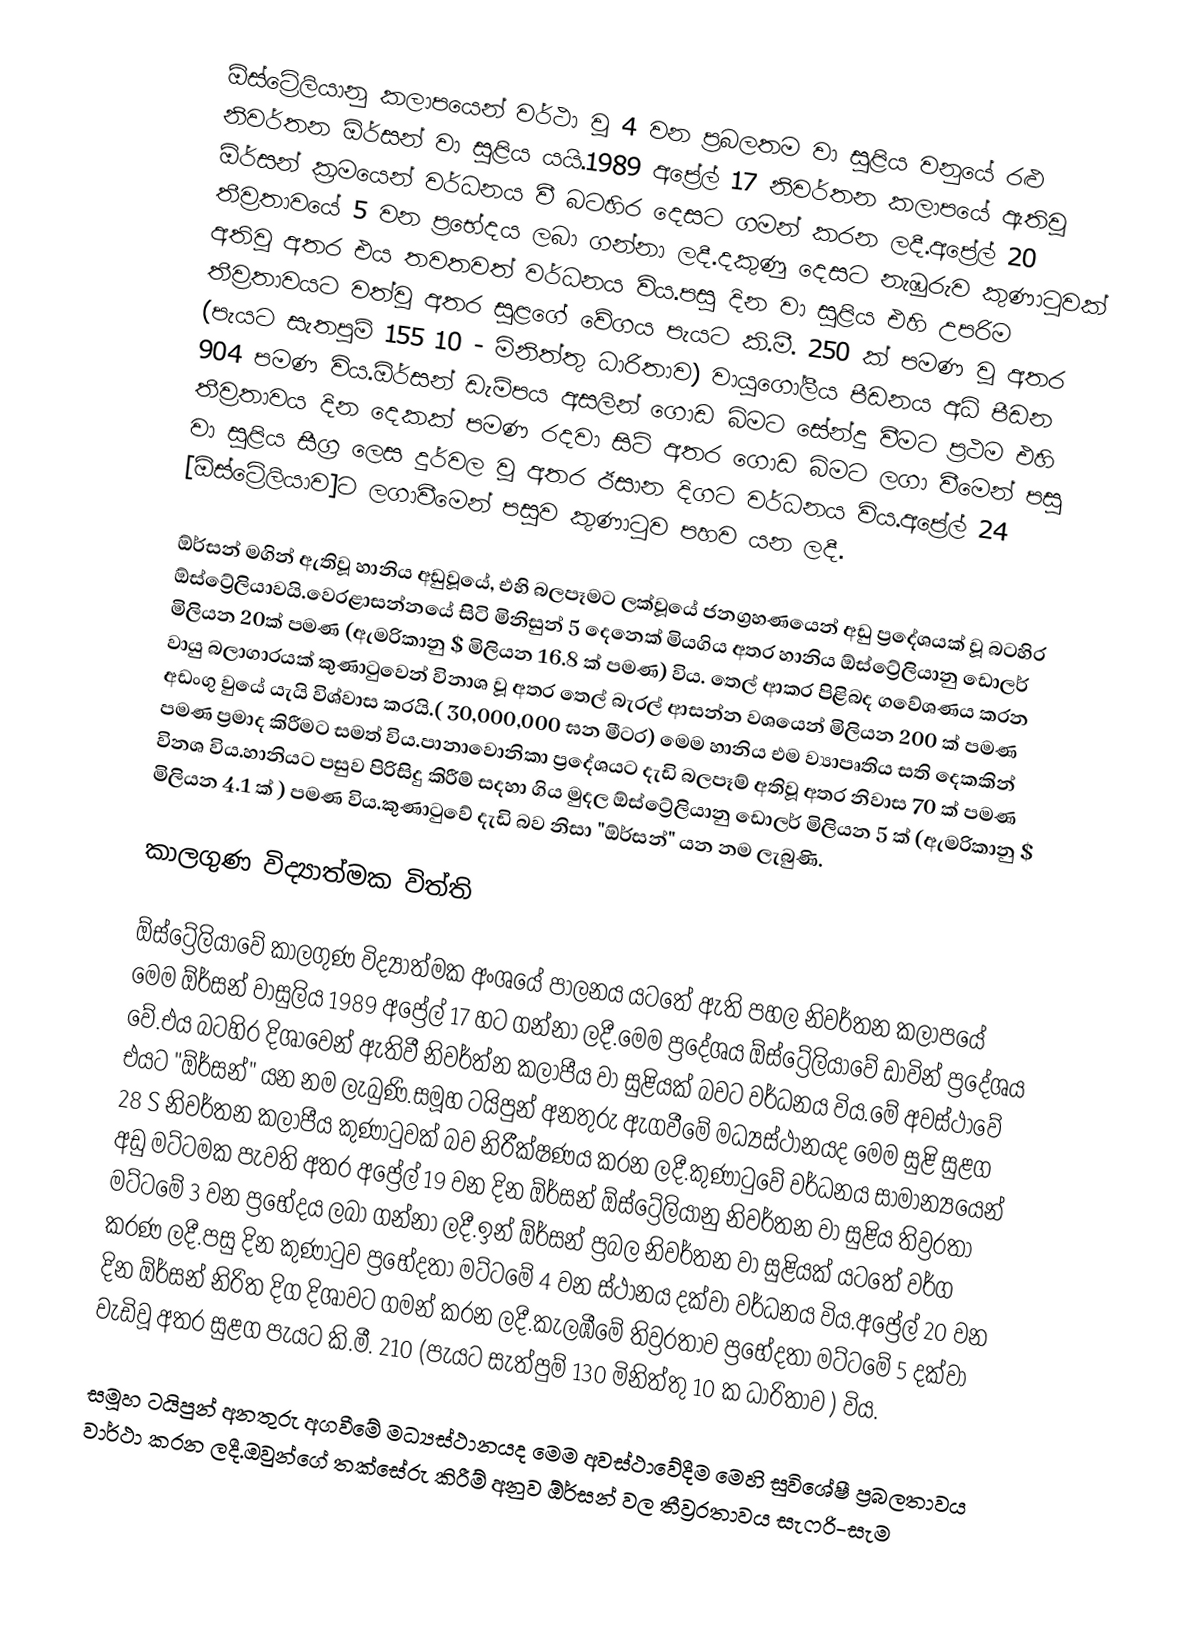
ඕස්ට්‍රේලියානු කලාපයෙන් වර්ථා වූ 4 වන ප්‍රබලතම වා සුළිය වනුයේ රළු නිවර්තන ඕර්සන් වා සුළිය යයි.1989 අප්‍රේල් 17 නිවර්තන කලාපයේ ඇතිවූ ඕර්සන් ක්‍රමයෙන් වර්ධනය වී බටහිර දෙසට ගමන් කරන ලදී.අප්‍රේල් 20 තීව්‍රතාවයේ 5 වන ප්‍රභේදය ලබා ගන්නා ලදී.දකුණු දෙසට  නැඹුරුව කුණා‍ටුවක් අතිවූ අතර එය තවතවත් වර්ධනය විය.පසු දින වා සුළිය එහි උපරිම තීව්‍රතාවයට වත්වූ අතර සුළගේ වේගය පැයට කි.මී. 250 ක් පමණ වූ අතර (පැයට සැතපුම් 155  10 - මිනිත්තු ධාරිතාව) වායුගෝලීය පීඩනය අධි පීඩන 904 පමණ විය.ඕර්සන් ඩැම්පය අසලින් ගොඩ බිමට සේන්දු වීමට ප්‍රථම එහි තීව්‍රතාවය දින දෙකක් පමණ රදවා සිටි අතර ගොඩ බිමට ලගා වීමෙන් පසු වා සුළිය සීග්‍ර ලෙස දුර්වල වූ අතර ඊසාන දිගට වර්ධනය විය.අප්‍රේල් 24 [ඕස්ට්‍රේලියාව]ට ලගාවීමෙන් පසුව කුණා‍ටුව පහව යන ලදී.

ඕර්සන් මගින් ඇතිවූ හානිය අඩුවූයේ, එහි බලපෑමට ලක්වූයේ ජනග්‍රහණයෙන් අඩු ප්‍රදේශයක් වූ බටහිර ඕස්ට්‍රේලියාවයි.වෙරළාසන්නයේ සිටි මිනිසුන් 5 දෙනෙක් මියගිය අතර හානිය ඕස්ට්‍රේලියානු ඩොලර් මිලියන 20ක් පමණ (ඇමරිකානු $ මිලියන 16.8 ක් පමණ) විය. තෙල් ආකර පිළිබද ගවේශණය කරන වායු බලාගාරයක් කුණා‍ටුවෙන් විනාශ වූ අතර තෙල් බැරල් ආසන්න වශයෙන් මිලියන 200 ක් පමණ අඩංගු වුයේ යැයි විශ්වාස කරයි.( 30,000,000 ඝන මීටර) මෙම හානිය එම ව්‍යාපෘතිය සති දෙකකින් පමණ ප්‍රමාද කිරීමට සමත් විය.පානාවොනිකා ප්‍රදේශයට දැඩි බලපෑම් අතිවූ අතර නිවාස 70 ක් පමණ විනශ විය.හානියට පසුව පිරිසිදු කිරීම් සදහා ගිය මුදල ඕස්ට්‍රේලියානු ඩොලර් මිලියන 5 ක් (ඇමරිකානු $ මිලියන 4.1 ක් ) පමණ විය.කුණා‍ටුවේ දැඩි බව නිසා "ඕර්සන්" යන නම ලැබුණි.

කාලගුණ විද්‍යාත්මක විත්ති

ඕස්ට්‍රේලියාවේ කාලගුණ විද්‍යාත්මක අංශයේ පාලනය යටතේ ඇති පහල නිවර්තන කලාපයේ මෙම ඕර්සන් වාසුලිය 1989 අප්‍රේල් 17 හට ගන්නා ලදී.මෙම ප්‍රදේශය ඕස්ට්‍රේලියාවේ ඩාවින් ප්‍රදේශය වේ.එය බටහිර දිශාවෙන් ඇතිවී නිවර්ත්න කලාපීය වා සුළියක් බවට වර්ධනය විය.මේ අවස්ථාවේ එයට "ඕර්සන්" යන නම ලැබුණි.සමූහ ටයිපුන් අනතුරු ඇගවීමේ මධ්‍යස්ථානයද මෙම සුළි සුළග 28 S නිවර්තන කලාපීය කුණා‍ටුවක් බව නිරීක්ෂණය කරන ලදී.කුණා‍ටුවේ වර්ධනය සාමාන්‍යයෙන් අඩු මට්ටමක පැවති අතර අප්‍රේල් 19 වන දින ඕර්සන් ඕස්ට්‍රේලියානු නිවර්තන වා සුළිය තිව්‍රරතා මට්ටමේ 3 වන ප්‍රභේදය ලබා ගන්නා ලදී.ඉන් ඕර්සන් ප්‍රබල නිවර්තන වා සුළියක් යටතේ වර්ග කරණ ලදී.පසු දින කුණා‍ටුව ප්‍රභේදතා මට්ටමේ 4 වන ස්ථානය දක්වා වර්ධනය විය.අප්‍රේල් 20 වන දින ඕර්සන් නිරිත දිග දිශාවට ගමන් කරන ලදී.කැලඹීමේ තිව්‍රරතාව ප්‍රභේදතා මට්ටමේ 5 දක්වා වැඩිවූ අතර සුළග පැයට කි.මී. 210 (පැයට සැත්පුම් 130 මිනිත්තු 10 ක ධාරිතාව ) විය.

සමූහ ටයිපුන් අනතුරු අගවීමේ මධ්‍යස්ථානයද මෙම අවස්ථාවේදීම මෙහි සුවිශේෂී ප්‍රබලතාවය වාර්ථා කරන ලදී.ඔවුන්ගේ තක්සේරු කිරීම් අනුව ඕර්සන් වල තීව්‍රරතාවය සැෆරි-සැම